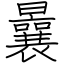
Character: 曩